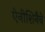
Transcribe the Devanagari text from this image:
ऐनीशिनैबे